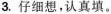
3.仔细想，认真填。